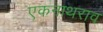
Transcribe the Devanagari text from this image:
एकनाथराव